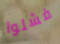
فشلوا